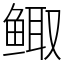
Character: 鲰